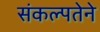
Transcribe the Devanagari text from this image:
संकल्पतेने